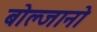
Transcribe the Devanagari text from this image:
बोल्जानो